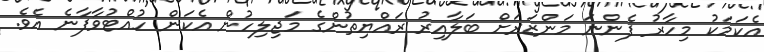
އެކަމަކު މިހާރު ފެންނަ މަންޒަރަށް ބަލާއިރު ރައްޔިތުންގެ މަޖިލިހުން އެކަން ހުއްޓުވާފާނެ އެވެ.